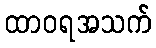
ထာဝရအသက်